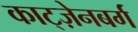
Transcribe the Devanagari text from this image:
काट्ज़ेनबर्ग